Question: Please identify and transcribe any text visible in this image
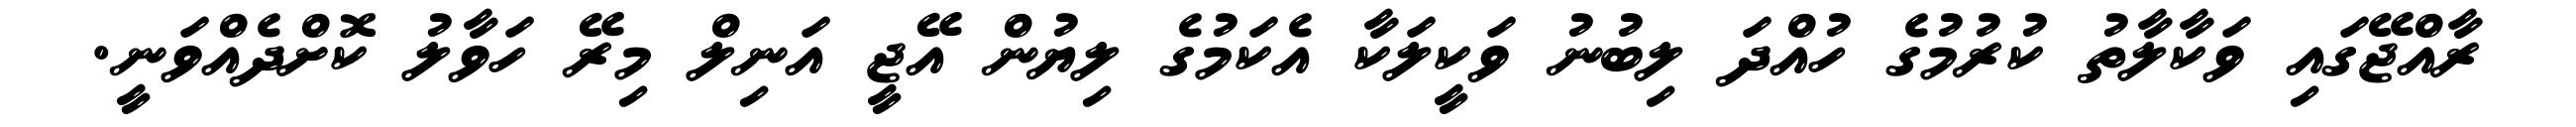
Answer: ރާއްޖޭގައި ވަކާލާތު ކުރުމުގެ ހުއްދަ ލިބުނު ވަކީލަކާ އެކަމުގެ ލިޔުން އޭޖީ އަނިލް މިރޭ ހަވާލު ކޮށްދެއްވަނީ.